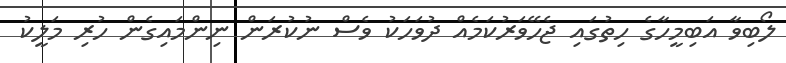
ލޯބިވާ އަބިމީހާގެ ހިތުގައި ޖެހޭވަރުކަމެއް ދުވަހަކު ވެސް ނުކުރަން ނިންމައިގެން ހުރި މަލީކު